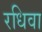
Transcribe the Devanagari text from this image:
रधिवा